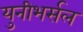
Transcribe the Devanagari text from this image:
युनीभर्सल